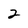
Character: 2